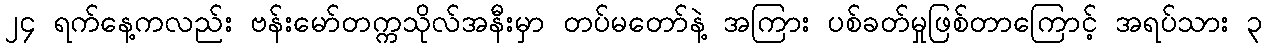
၂၄ ရက်နေ့ကလည်း ဗန်းမော်တက္ကသိုလ်အနီးမှာ တပ်မတော်နဲ့ အကြား ပစ်ခတ်မှုဖြစ်တာကြောင့် အရပ်သား ၃